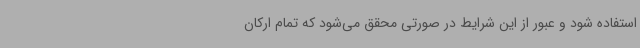
استفاده شود و عبور از این شرایط در صورتی محقق می‌شود که تمام ارکان